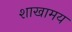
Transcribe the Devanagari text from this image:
शाखामय